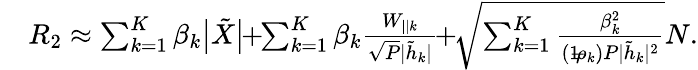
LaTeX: \begin{array}{rl}&{{{{R}}_{2}}\approx\sum_{k=1}^{K}\beta_{k}\big|{{\tilde{X}}}\big|\! \! +\! \! \sum_{k=1}^{K}\beta_{k}\frac{{{{W}_{||k}}}}{\sqrt{P}{|\tilde{h}_{k}|}}\! \! +\! \! \sqrt{\sum_{k=1}^{K}\frac{\beta_{k}^{2}}{(1\! \! -\! \! \rho_{k})P|\tilde{h}_{k}|^{2}}}{N}.}\end{array}